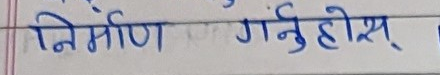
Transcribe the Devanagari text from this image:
निर्माण गर्नुहोस्